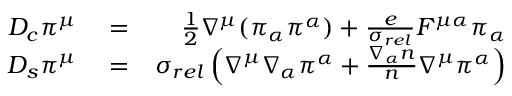
\begin{array} { r l r } { D _ { c } \pi ^ { \mu } } & { { } = } & { \frac { 1 } { 2 } \nabla ^ { \mu } ( \pi _ { \alpha } \pi ^ { \alpha } ) + \frac { e } { \sigma _ { r e l } } F ^ { \mu \alpha } \pi _ { \alpha } } \\ { D _ { s } \pi ^ { \mu } } & { { } = } & { \sigma _ { r e l } \left( \nabla ^ { \mu } \nabla _ { \alpha } \pi ^ { \alpha } + \frac { \nabla _ { \alpha } n } { n } \nabla ^ { \mu } \pi ^ { \alpha } \right) } \end{array}